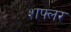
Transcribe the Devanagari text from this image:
शफ्लर